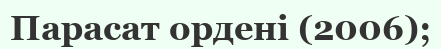
Парасат ордені (2006);